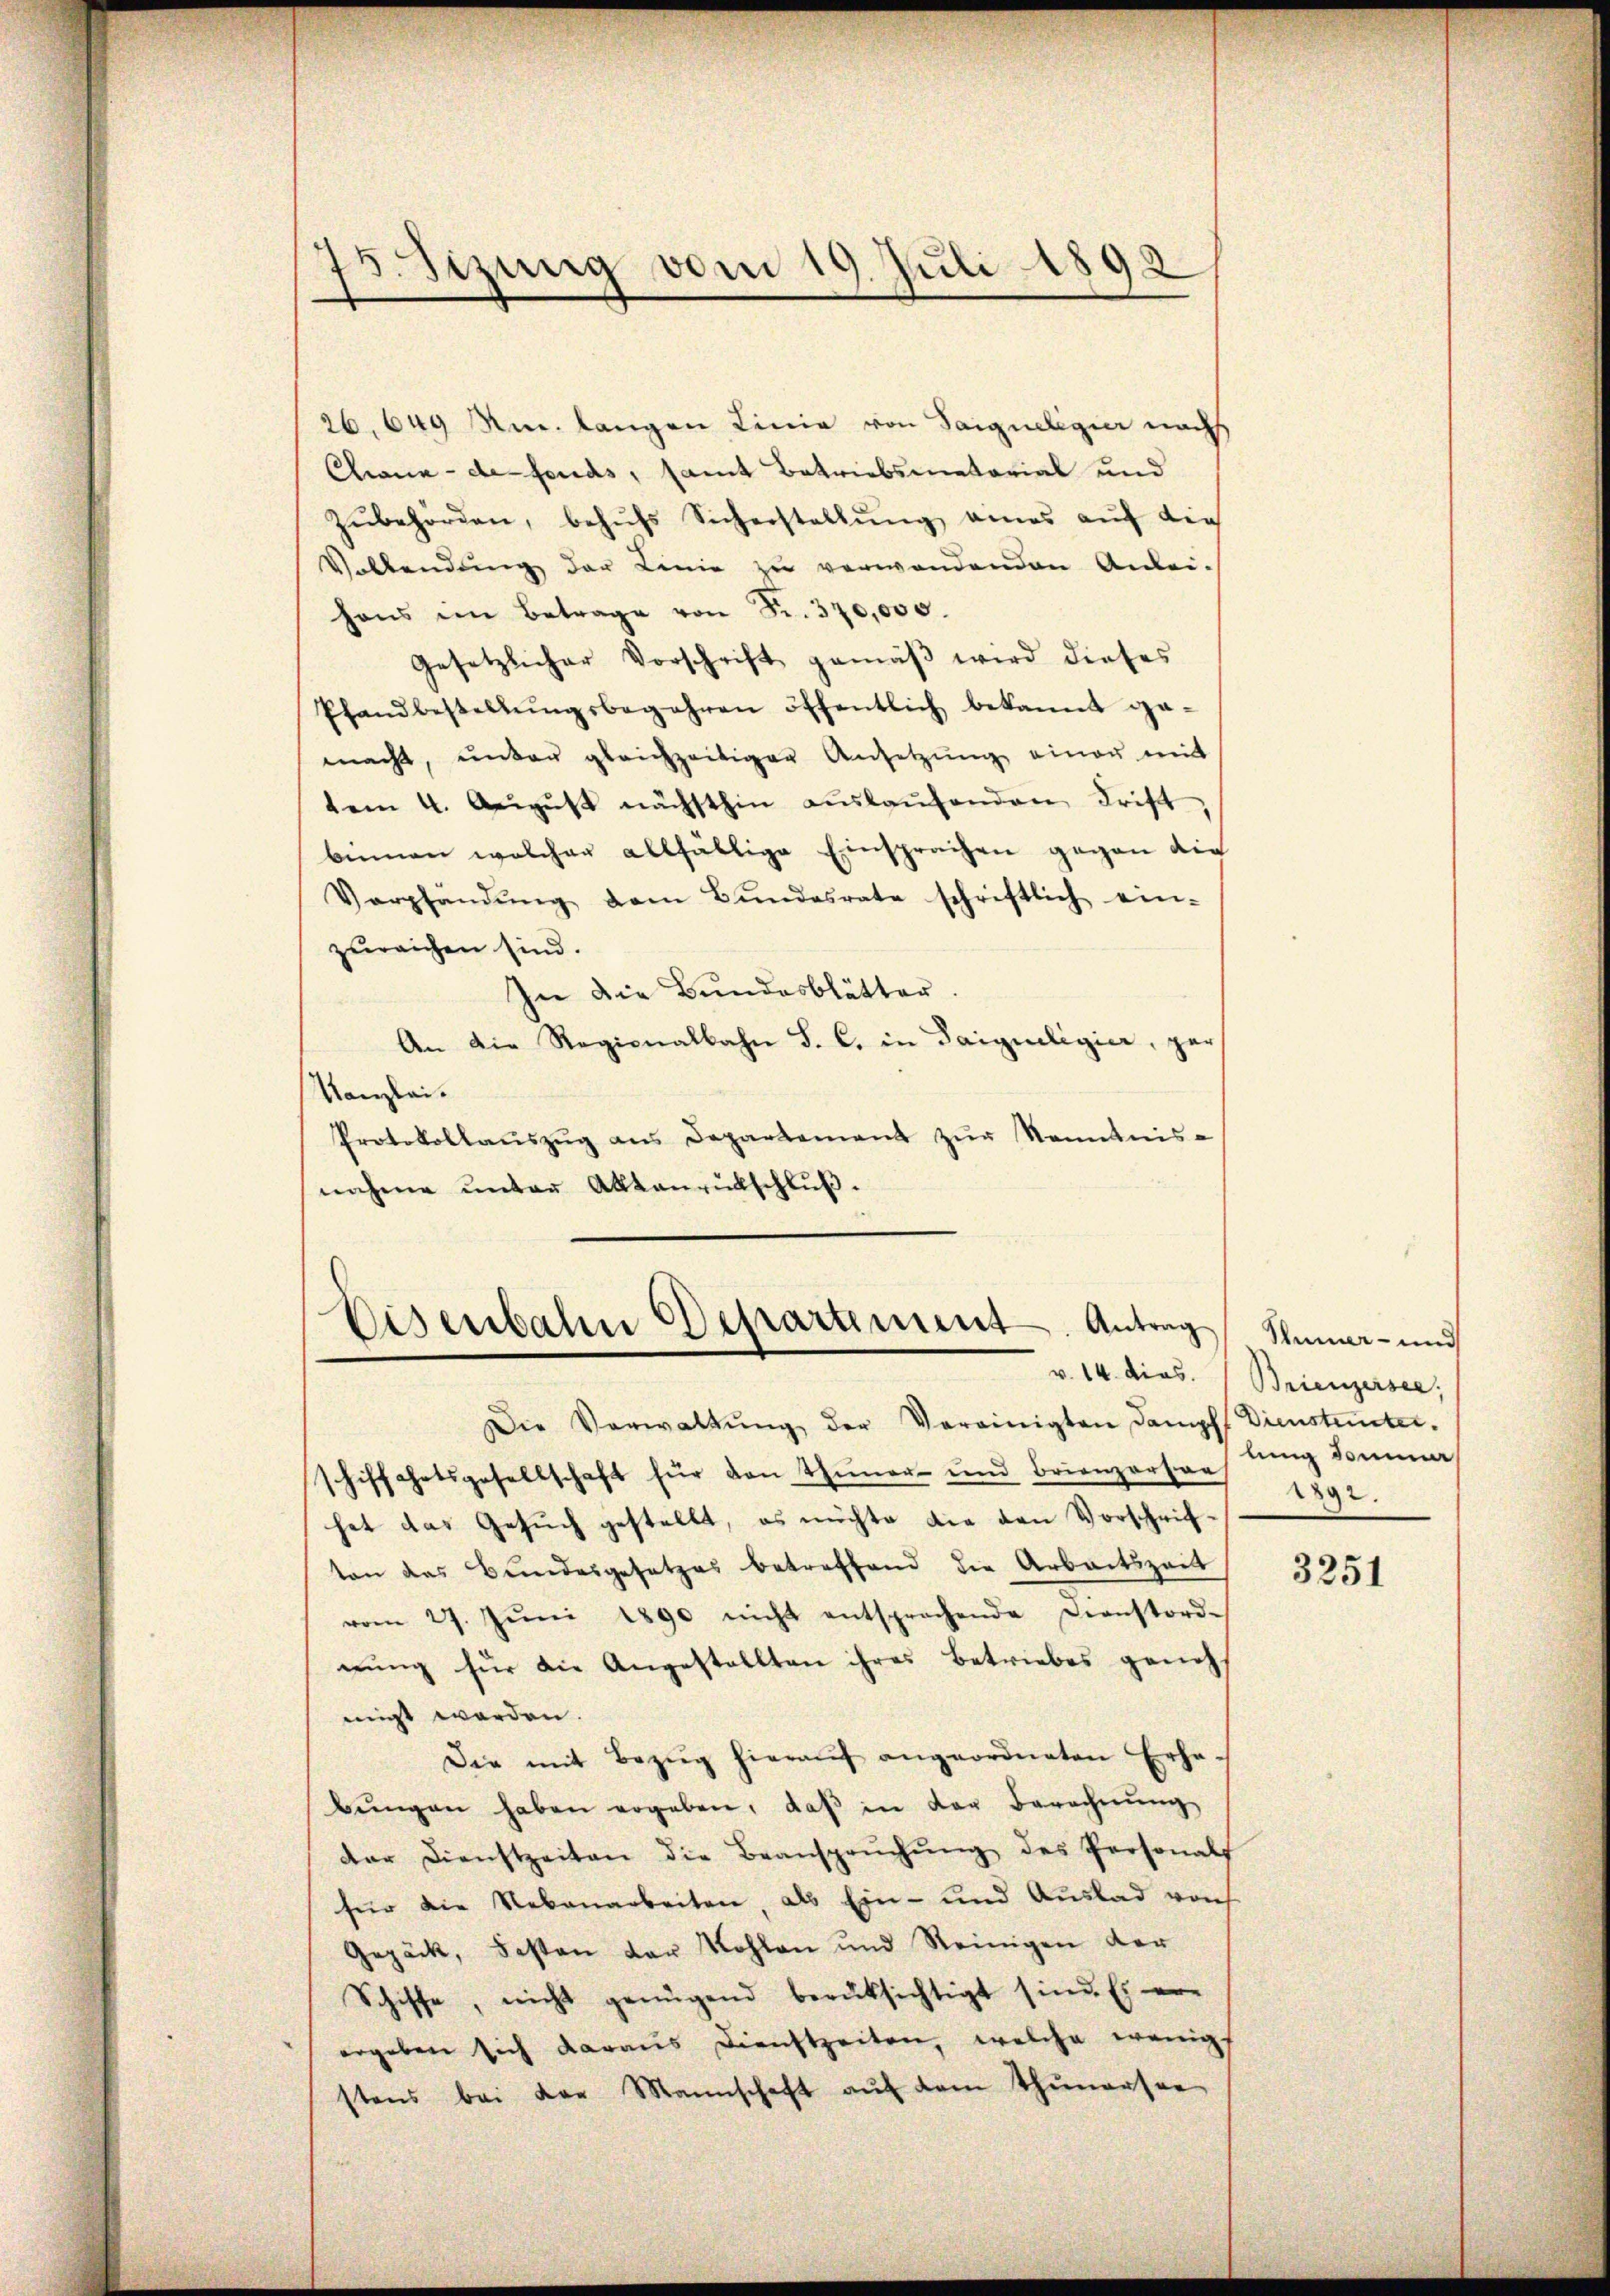
75. Sizung vom 19. Juli 1892
e

26, 649 Anm. langen Linie von Saigueligier nach
Chana - de fonds, samt Betriebsmatorial und
zŭbehörden, behŭfs Sicherstellŭng eines aŭf die
Vallendung der Linie zu verwendenden Anlei-
hons im Betrage von Fr. 370,000.
gesetzlicher Vorschrift gemäβ wird dieses
Pfandbestellŭngsbegehren öffentlich bekannt ge-
macht, ŭnter gleichzeitiger Ansetzŭng einer mit
tem 4. August nächsthin auslaufenden Frist
binnen welcher allfällige Einsprachen gegen die
Verpfändŭng vom Bŭndesrate schriftlich ein-
zureichen sind.
In die Bundesblätter
An die Regionalbahn S. C. in Saigueligier, par
Kanzlei.
Protokollaŭszŭg ans Departement zŭr Kenntnis-
nahme ŭnter Aktenrückschlŭβ.

Eisenbahn Departement. Antrag
Die Verwaltŭng der Vereinigten Dampff Dienstunter-
schiffahrtsgesellschaft für den Thuner- und Brienzertor

hat das Gesuch gestellt, es möchte die den Vorschrifton das Bundesgesetzes betreffend die Arbeitszeit
vom 27. Jŭni 1890 nicht entsprechende Dienstord-
nŭng für die Angestellten ihres Betriebes geneh
migt worden.
Die mit Bezug hieraŭf angeordneten Erha-
bŭngen haben ergeben, daβ in der Berechnŭng
der Dienstzeiten die Beansprŭchŭng des Personalf
für die Nebenarbeiten, als Ein- und Auslad von
Gepäck, besten der Kohlen und Reinigen der
Schiffe, nicht genügend berüksichtigt sind. Es er
ergeben sich daraus Dienstzeiten, welche wenigs
stens bei der Mannschaft aŭf dem Thunersee

Thuner- und
v. 14. dies. Brienzersee,
lung dami
1892.

3251